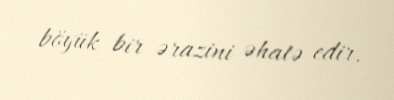
böyük bir ərazini əhatə edir.